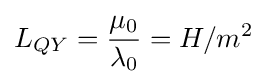
L_{QY}={\frac {\mu _{0}}{\lambda _{0}}}=H/m^{2}\